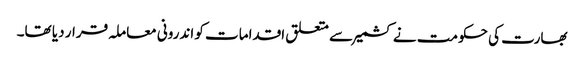
بھارت کی حکومت نے کشمیر سے متعلق اقدامات کو اندرونی معاملہ قرار دیا تھا۔